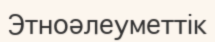
Этноәлеуметтік